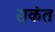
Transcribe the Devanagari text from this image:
सकंत